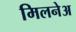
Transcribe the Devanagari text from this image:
मिलनेअ